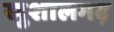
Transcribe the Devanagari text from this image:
खुशालगढ़